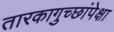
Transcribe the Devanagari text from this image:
तारकागुच्छांपेक्षा